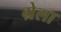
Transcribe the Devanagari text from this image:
ग्रेला